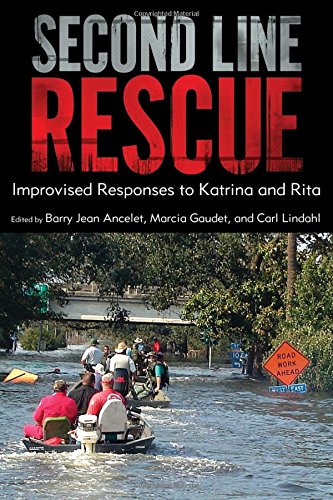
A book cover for Second Line Rescue: Improvised Responses to Katrina and Rita; Business & Money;